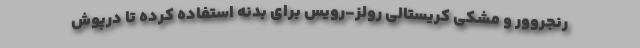
رنجروور و مشکی کریستالی رولز-رویس برای بدنه استفاده کرده تا درپوش